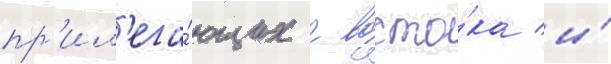
пр'ил'ега́ющих с восто́ка и́